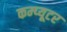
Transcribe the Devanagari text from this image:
कम्प्‍यूटर